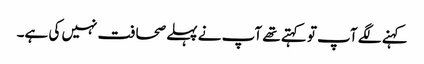
کہنے لگے آپ تو کہتے تھے آپ نے پہلے صحافت نہیں کی ہے۔